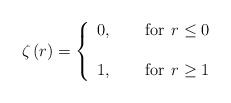
LaTeX: \begin{align*}\zeta\left(r\right)=\left\{ \begin{array}{c}0,\qquad\textrm{for}\;\,r\leq0\\\\1,\qquad\textrm{for}\;\,r\geq1\end{array}\right.\end{align*}